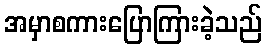
အမှာစကားပြောကြားခဲ့သည်